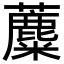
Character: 蘪